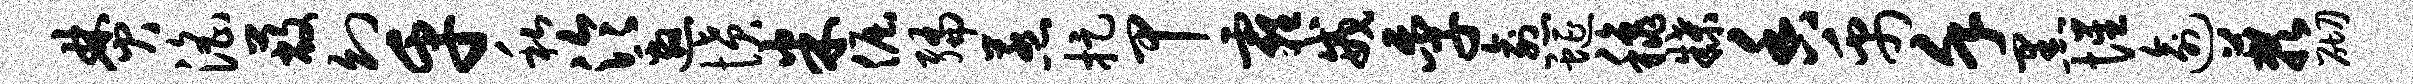
焚淫蔽幻乎私泠邀愤米倔编惹捉甲霾戒季愈蜒秋牒香禹堇黑惺逾蔌砌